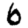
Digit: 6